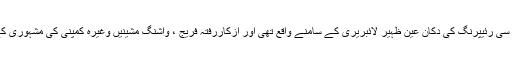
بہرکیف، بٹ صاحب کی فریج اور اے سی رئیپرنگ کی دکان عین ظہیر لائبریری کے سامنے واقع تھی اور ازکاررفتہ فریج ، واشنگ مشینیں وغیرہ کمپنی کی مشہوری کے لیےآدھی سڑک گھیرے ہوئے تھیں۔